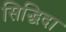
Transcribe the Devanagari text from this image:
सिद्धिदा